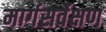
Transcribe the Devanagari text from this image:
मार्गसर्वेक्षण